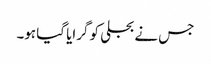
جس نے بجلی کو گرایا گیا ہو۔